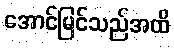
အောင်မြင်သည်အထိ